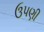
ઉપણી